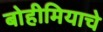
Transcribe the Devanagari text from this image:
बोहीमियाचे